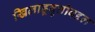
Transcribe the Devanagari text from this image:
खिलाडूवृत्तीबद्दल